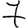
Digit: 7